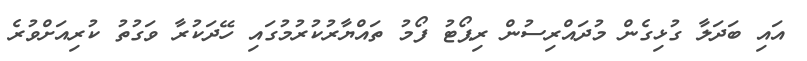
އައި ބަދަލާ ގުޅިގެން މުދައްރިސުން ރިޕޯޓު ފޯމު ތައްޔާރުކުރުމުގައި ހޭދަކުރާ ވަގުތު ކުރިއަށްވުރެ